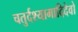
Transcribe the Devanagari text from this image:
चतुर्दश्यामादिदेवो